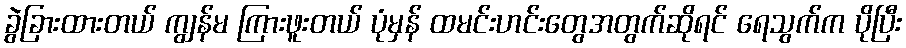
ခွဲခြားထားတယ် ကျွန်မ ကြားဖူးတယ် ပုံမှန် ထမင်းဟင်းတွေအတွက်ဆိုရင် ရေသွက်က ပိုပြီး